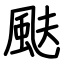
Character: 颫